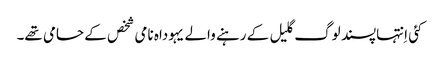
‏ کئی اِنتہاپسند لوگ گلیل کے رہنے والے یہوداہ نامی شخص کے حامی تھے۔